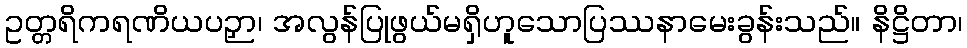
ဥတ္တရိကရဏိယပဉှာ၊ အလွန်ပြုဖွယ်မရှိဟူသောပြဿနာမေးခွန်းသည်။ နိဋ္ဌိတာ၊